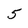
Character: 5